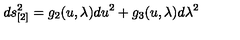
d s _ { [ 2 ] } ^ { 2 } = g _ { 2 } ( u , \lambda ) d u ^ { 2 } + g _ { 3 } ( u , \lambda ) d \lambda ^ { 2 }